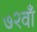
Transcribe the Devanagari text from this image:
७२वाँ